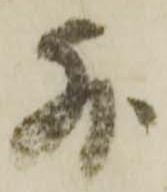
外